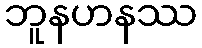
ဘူနဟနဿ